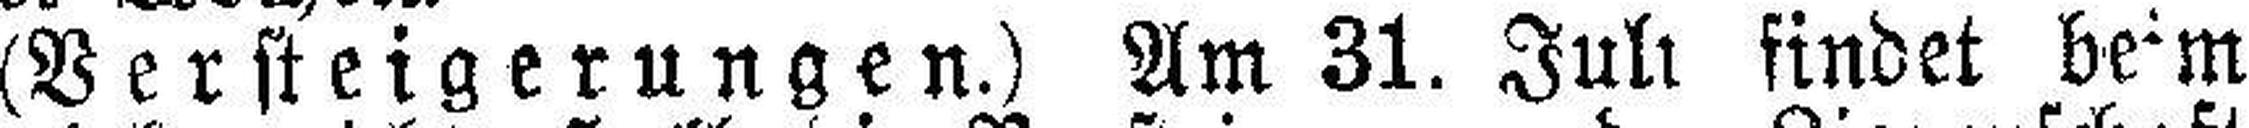
(Versteigerungen.) Am 31. Juli findet beim